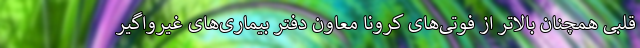
قلبی همچنان بالاتر از فوتی‌های کرونا معاون دفتر بیماری‌های غیرواگیر